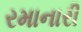
રમાનારી